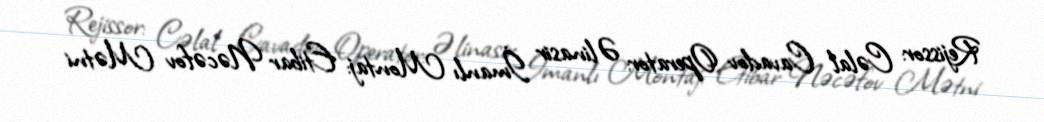
Rejissor: Cəlal Cavadov Operator: Əlinasir İmanlı Montaj: Etibar Nəcəfov Mətni